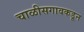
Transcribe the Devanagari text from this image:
चाळीसगावकडून